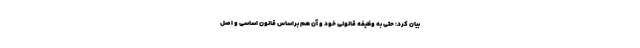
بیان کرد: حتی به وظیفه قانونی خود و آن هم براساس قانون اساسی و اصل